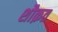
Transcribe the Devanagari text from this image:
शौक़त